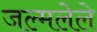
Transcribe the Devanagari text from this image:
जल्मलेले